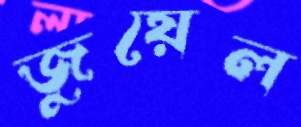
জুয়েল